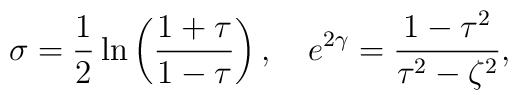
\sigma=\frac{1}{2}\ln\left(\frac{1+\tau}{1-\tau}\right),\quad e^{2\gamma}=\frac{1-\tau^2}{\tau^2-\zeta^2},